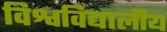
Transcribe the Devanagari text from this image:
विश्वविद्यालीय